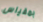
بمقياس